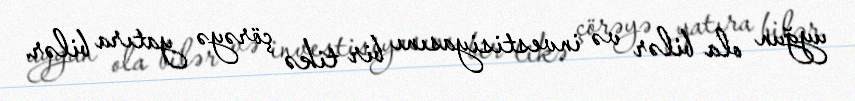
uyğun ola bilər və investisiyasını bir tikə çörəyə yatıra bilər.